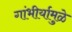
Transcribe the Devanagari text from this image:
गांभीर्यामुळे